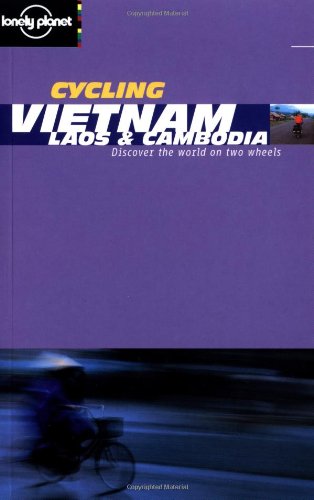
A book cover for Lonely Planet Cycling Vietnam, Laos & Cambodia (Lonely Planet Cycling Guides); Nick Ray; Travel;